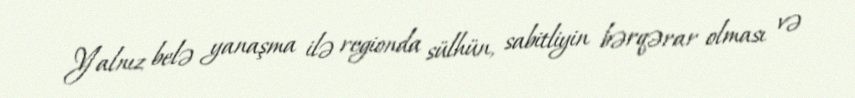
Yalnız belə yanaşma ilə regionda sülhün, sabitliyin bərqərar olması və